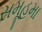
સમૂહમા